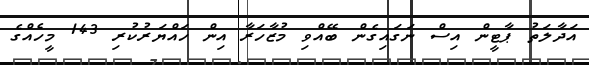
އަދާލަތު ޕާޓީން އިސް ނަގައިގެން ބޭއްވި މުޒާހަރާ އިން ހައްޔަރުކުރި 143 މީހެއްގެ